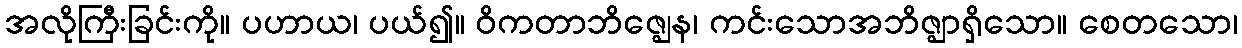
အလိုကြီးခြင်းကို။ ပဟာယ၊ ပယ်၍။ ဝိကတာဘိဇ္ဈေန၊ ကင်းသောအဘိဇ္ဈာရှိသော။ စေတသော၊